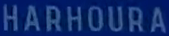
HARHOURA